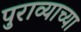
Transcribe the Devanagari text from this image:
पुराव्याच्या